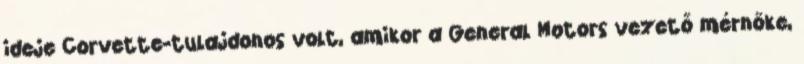
ideje Corvette-tulajdonos volt, amikor a General Motors vezető mérnöke,